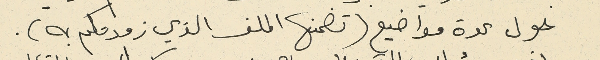
حول عدة مواضيع (تضمنها الملف الذي زودتكم به).